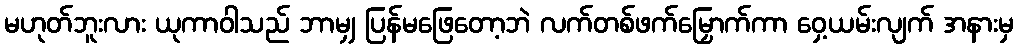
မဟုတ်ဘူးလား ယုကာဝါသည် ဘာမျှ ပြန်မဖြေတော့ဘဲ လက်တစ်ဖက်မြှောက်ကာ ဝှေ့ယမ်းလျက် အနားမှ